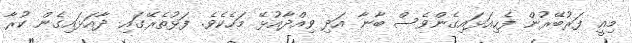
މިއީ ފަރުބޭރުން ފެހިއަޅައިގެންވެސް ބާނާ އަދި ވިއްދާއުޅޭ މަހެކެވެ. ފަޅުތެރޭގައި ދާއަޅައިގެން ކުރާ